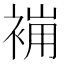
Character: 𧚸